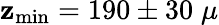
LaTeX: \mathbf{z}_{\mathrm{{min}}}=190\pm30\; \mu